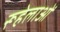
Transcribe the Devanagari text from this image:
रूहेलाओं